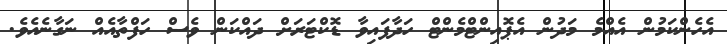
އެހެންކަމުން އެއްމެ މަދުން އެޕޮއިންޓްމެންޓް ހަދާފައިވާ ޑޮކްޓަރަށް ދައްކަން ވެސް ހަފްތާއެއް ނަގާނެއެވެ.